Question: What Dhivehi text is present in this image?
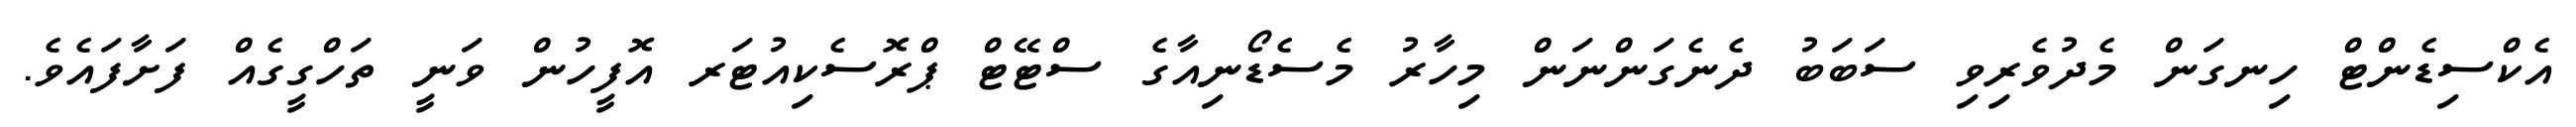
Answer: އެކްސިޑެންޓް ހިނގަން މެދުވެރިވި ސަބަބު ދެނެގަންނަން މިހާރު މެސެޑޯނިއާގެ ސްޓޭޓް ޕްރޮސެކިއުޓަރ އޮފީހުން ވަނީ ތަހްގީގެއް ފަށާފައެވެ.